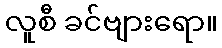
လူစီ ခင်ဗျားရော။